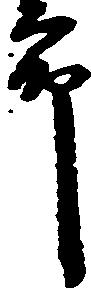
郎